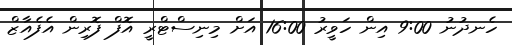
ހެނދުނު 9:00 އިން ހަވީރު 16:00 އަށް މިނިސްޓްރީ އޮފް ފޮރިން އެފެއާޒް